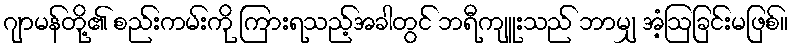
ဂျာမန်တို့၏ စည်းကမ်းကို ကြားရသည့်အခါတွင် ဘရီကျူးသည် ဘာမျှ အံ့ဩခြင်းမဖြစ်။